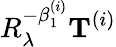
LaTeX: R_{\lambda}^{-\beta_{1}^{(i)}}{\mathbf{T}}^{(i)}